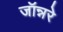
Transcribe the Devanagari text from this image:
जॉन्नरे